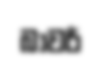
බාවරී